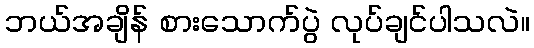
ဘယ်အချိန် စားသောက်ပွဲ လုပ်ချင်ပါသလဲ။